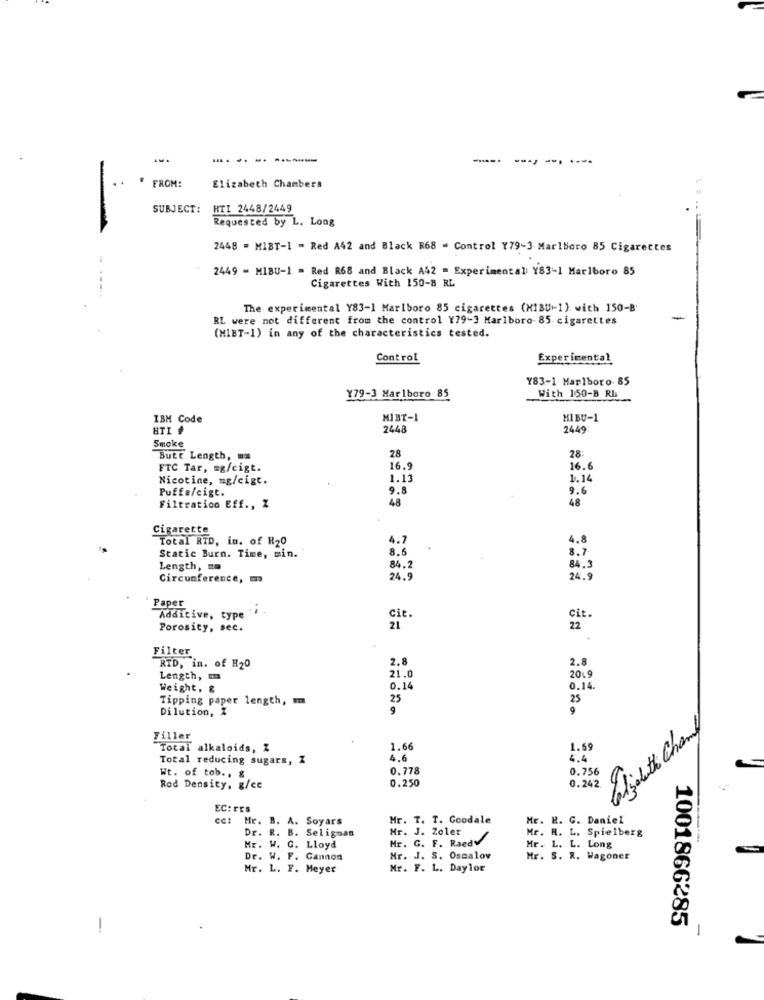
-.
---.
---- ---.
F FROM:
Elizabeth Chambers
SUBJECT:
HTI 2448/2449
Requested by L. Long
2448 = MIBT-1 = Red A42 and Black R68 - Control Y79-3 Marlboro 85 Cigarettes
2449 - MIBU-1 = Red R68 and Black A42 = Experimental Y83-1 Marlboro 85
Cigarettes With 150-8 RL
The experimental Y83-1 Marlboro 85 cigarettes (MIBU-1) with 150-B'
RL were not different from the control Y79-3 Marlboro 85. cigarettes
(MIBT-1) in any of the characteristics tested.
Control
Experimental
Y83-1 Marlboro. 85
With 150-B RI
Y79-3 Marlboro 85
IBM Code
MIBT-1
HIBU-1
HTI #
2448
2449
Smoke
28
ButE Length, m.
28
FTC Tar, mg/cigt.
16.9
16.6
Nicotine, mg/cigt.
1.13
1.1
Puffa/cigt.
9.8
9.6
48
48
Filtration Eff ., Z
Cigarette
Total RTD, in. of H20
4.7
4.8
8.6
8.7
Static Burn. Time, sin.
Length, ma
84.
84.3
Circumference,
24.9
24.9
Paper
Additive, type
cit.
Cit.
Porosity, sec.
21
22
Filter
2.8
2.8
RID, in. of H20
21.0
Length,
204
Weight, &
0.1
0,14.
Tipping paper length, m
25
25
Dilution, I
9
9
Caljutt Chamy
Filler
Total alkaloids, Z
1.6
1.69
Total reducing sugars, Z
4.6
4.4
0.778
0.756
Wt. of tob ., &
0.250
Rod Density, g/ce
0.242.
EC:rEs
cc: Mr. B. A. Soyars
Mr. T. T. Goodale
Mr. H. G. Daniel
Dr. R. B. Seligman
Mr. J. Zoler
Mr. R. L. Spielberg
Mr. C. F. Raedy
Mr. W. C. Lloyd
Mr. L. L. Long
Dr. W. F. Gannon
Mr. J. S. Oscalov
Hr. S. R. Wagoner
Mr. L. F. Meyer
Mr. F. L. Day lor
1001866285
-
-